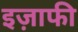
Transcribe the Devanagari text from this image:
इज़ाफी